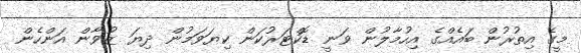
މީގެ އިތުރުން ބައެއްގެ އިހުމާލުން ވަނީ ޑޮކްޓަރުކަން ކިޔަވަމުން ދިޔަ ޒުވާން އަންހެން